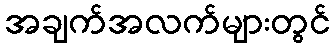
အချက်အလက်များတွင်